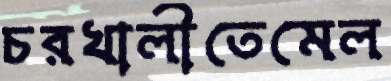
চরখালীতেমেল